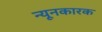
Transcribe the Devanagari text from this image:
न्यूनकारक